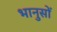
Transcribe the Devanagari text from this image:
भानुसों